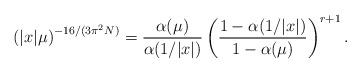
LaTeX: \begin{align*}\left( |x|\mu \right) ^{-16/(3\pi ^{2}N)}={\frac{\alpha (\mu )}{\alpha(1/|x|)}}\left( {\frac{1-\alpha (1/|x|)}{1-\alpha (\mu )}}\right) ^{r+1}.\end{align*}